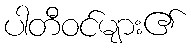
ပါတီဝင်များ၏